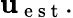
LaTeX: \mathbf{u}_{\mathrm{~e~s~t~}}.